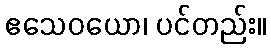
ဧသေဝယော၊ ပင်တည်း။